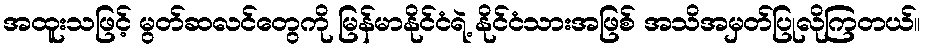
အထူးသဖြင့် မွတ်ဆလင်တွေကို မြန်မာနိုင်ငံရဲ့ နိုင်ငံသားအဖြစ် အသိအမှတ်ပြုလိုကြတယ်။